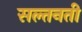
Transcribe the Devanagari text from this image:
सल्तनती